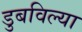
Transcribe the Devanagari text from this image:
डुबविल्या